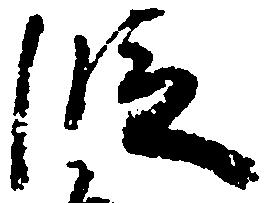
段